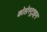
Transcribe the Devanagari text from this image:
कोलेस्ट्राइन